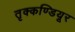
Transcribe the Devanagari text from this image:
तृक्कण्डियूर